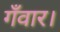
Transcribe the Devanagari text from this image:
गँवार।